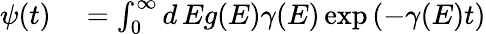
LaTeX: \begin{array}{rl}{\psi(t)}&{{}=\int_{0}^{\infty}d\, Eg(E)\gamma(E)\exp\left(-\gamma(E)t\right)}\end{array}